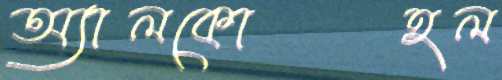
অ্যালকোহল